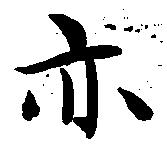
亦